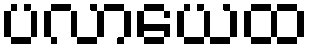
ပလာယေထ